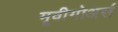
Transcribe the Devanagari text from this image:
मूवीगोअर्स